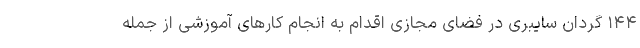
۱۴۴ گردان سایبری در فضای مجازی اقدام به انجام کارهای آموزشی از جمله